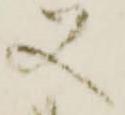
又